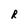
Character: R